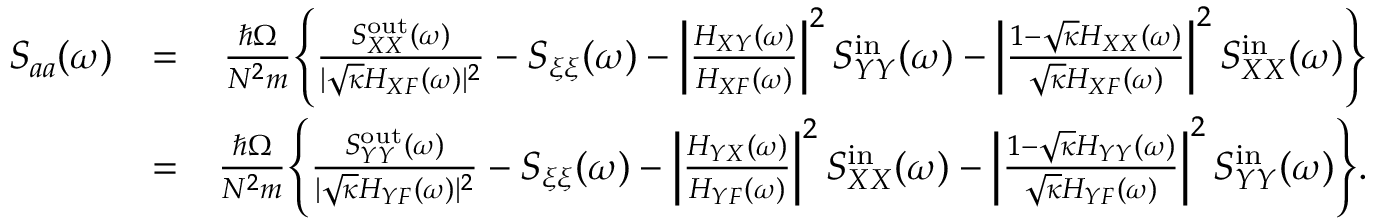
\begin{array} { r l r } { S _ { a a } ( \omega ) } & { = } & { \frac { \hbar \Omega } { N ^ { 2 } m } \Bigg \{ \frac { S _ { X X } ^ { \mathrm { o u t } } ( \omega ) } { | \sqrt { \kappa } H _ { X F } ( \omega ) | ^ { 2 } } - S _ { \xi \xi } ( \omega ) - \left| \frac { H _ { X Y } ( \omega ) } { H _ { X F } ( \omega ) } \right| ^ { 2 } S _ { Y Y } ^ { \mathrm { i n } } ( \omega ) - \left| \frac { 1 - \sqrt { \kappa } H _ { X X } ( \omega ) } { \sqrt { \kappa } H _ { X F } ( \omega ) } \right| ^ { 2 } S _ { X X } ^ { \mathrm { i n } } ( \omega ) \Bigg \} } \\ & { = } & { \frac { \hbar \Omega } { N ^ { 2 } m } \Bigg \{ \frac { S _ { Y Y } ^ { \mathrm { o u t } } ( \omega ) } { | \sqrt { \kappa } H _ { Y F } ( \omega ) | ^ { 2 } } - S _ { \xi \xi } ( \omega ) - \left| \frac { H _ { Y X } ( \omega ) } { H _ { Y F } ( \omega ) } \right| ^ { 2 } S _ { X X } ^ { \mathrm { i n } } ( \omega ) - \left| \frac { 1 - \sqrt { \kappa } H _ { Y Y } ( \omega ) } { \sqrt { \kappa } H _ { Y F } ( \omega ) } \right| ^ { 2 } S _ { Y Y } ^ { \mathrm { i n } } ( \omega ) \Bigg \} . } \end{array}